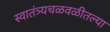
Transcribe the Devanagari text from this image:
स्वातंत्र्यचळवळीतल्या